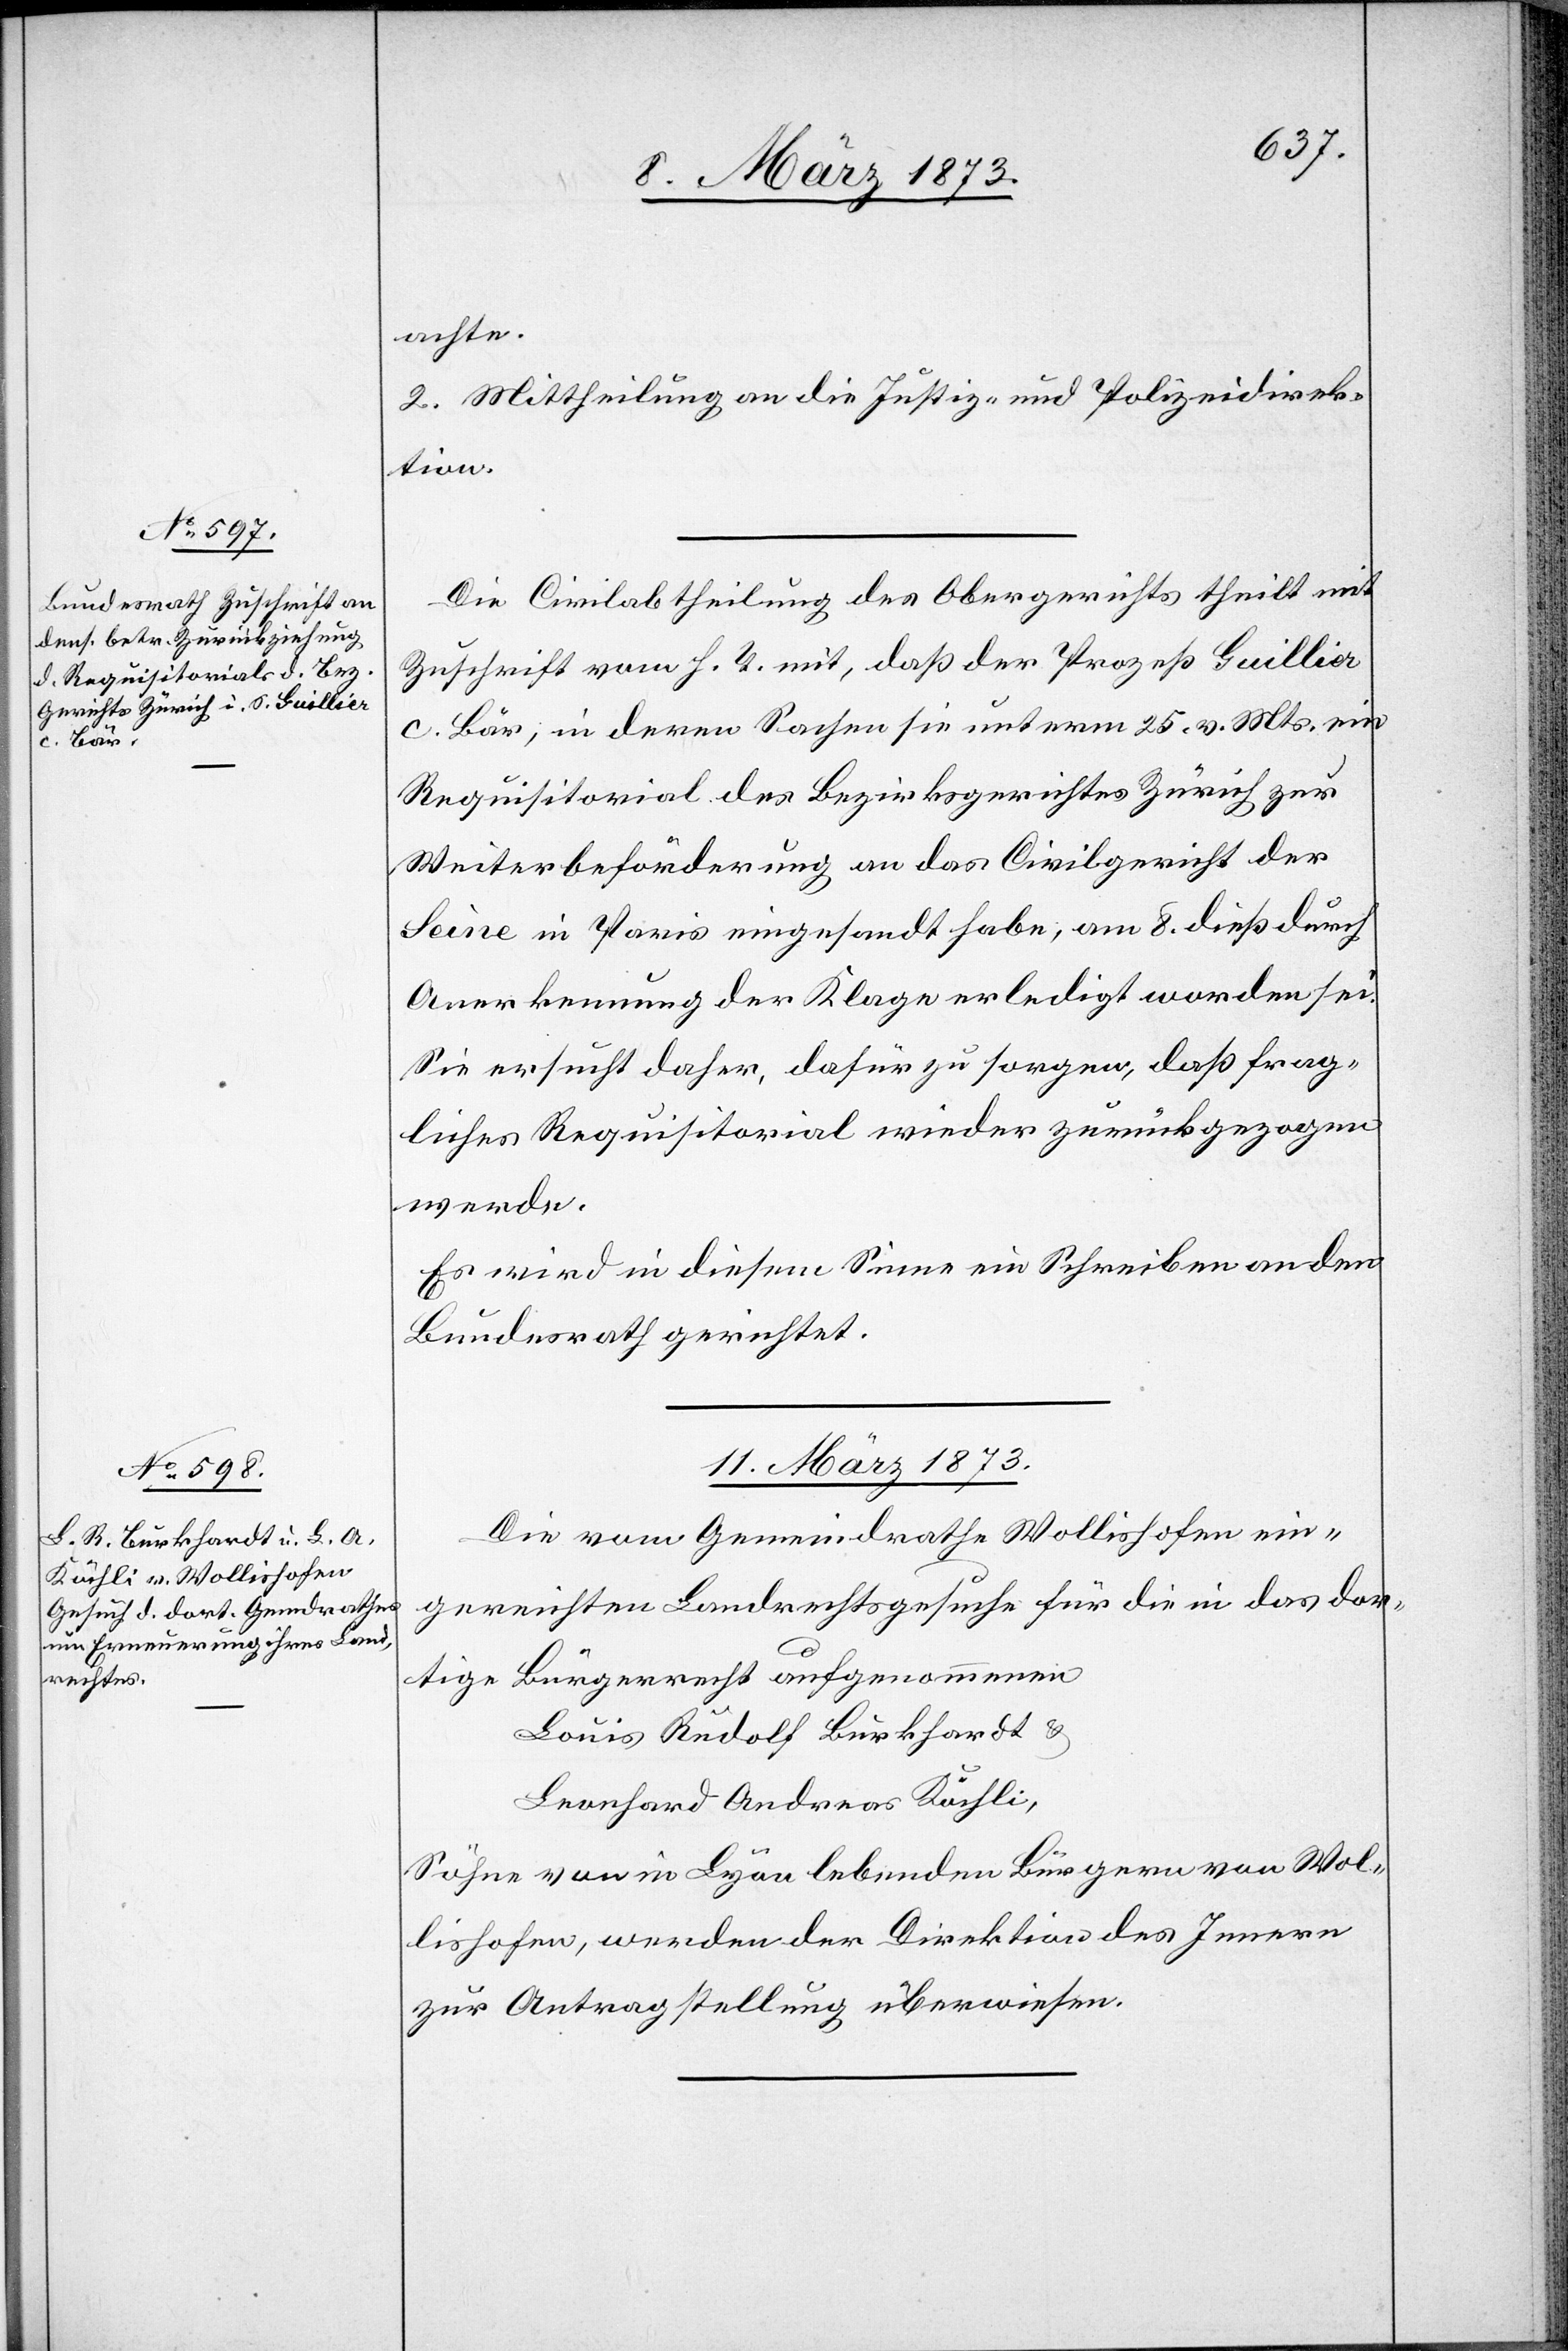
10. März 1873.]
achte.
2. Mittheilung an die Justiz- und Polizeidirek¬
tion.
Die Civilabtheilung des Obergerichts theilt mit
Zuschrift vom h. T. mit, daß der Prozeß Guillier
c. Bär, in deren Sachen sie unterm 25. v. Mts. ein
Requisitorial des Bezirksrathes Zürich zur
Weiterbeförderung an das Civilgericht der
Seine in Paris eingesandt habe, am 8. dieß durch
Anerkennung der Klage erledigt worden sei.
Sie ersucht daher, dafür zu sorgen, daß frag¬
liches Requisitorial wieder zurückgezogen
werde.
Es wird in diesem Sinne ein Schreiben an den
Bundesrath gerichtet.
11. März 1873.
Die vom Gemeindrathe Wollishofen ein¬
gereichten Landrechtsgesuche für die in das dor¬
tige Bürgerrecht aufgenommenen
Louis Rudolf Burkhardt u.
Leonhard Andreas Köchli,
Söhne von in Lyon lebenden Bürgern von Wol¬
lishofen, werden der Direktion des Innern
zur Antragstellung überwiesen.